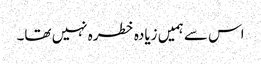
اس سے ہمیں زیادہ خطرہ نہیں تھا۔